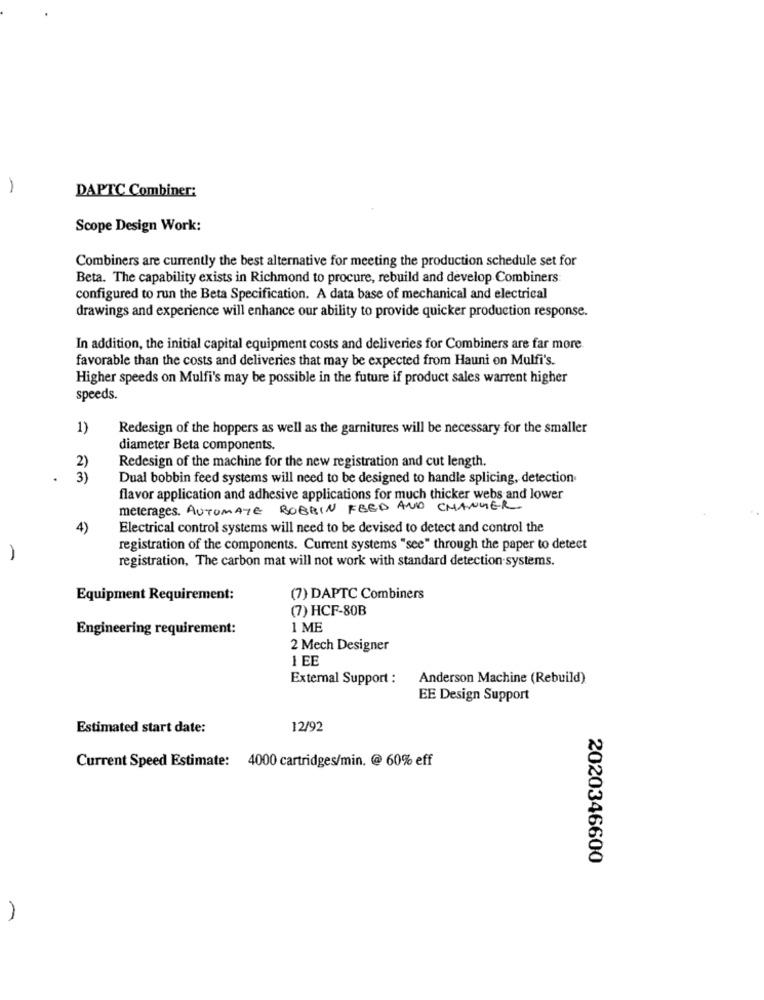
-
DAPTC Combiner:
Scope Design Work:
Combiners are currently the best alternative for meeting the production schedule set for
Beta. The capability exists in Richmond to procure, rebuild and develop Combiners:
configured to run the Beta Specification. A data base of mechanical and electrical
drawings and experience will enhance our ability to provide quicker production response.
In addition, the initial capital equipment costs and deliveries for Combiners are far more
favorable than the costs and deliveries that may be expected from Hauni on Mulfi's.
Higher speeds on Mulfi's may be possible in the future if product sales warrent higher
speeds.
1)
Redesign of the hoppers as well as the garnitures will be necessary for the smaller
diameter Beta components.
Redesign of the machine for the new registration and cut length.
2)
3)
Dual bobbin feed systems will need to be designed to handle splicing, detection
flavor application and adhesive applications for much thicker webs and lower
melerages. AUTOMATE BOBBIN FBED AND CHANGER
4)
Electrical control systems will need to be devised to detect and control the
registration of the components. Current systems "see" through the paper to detect
registration, The carbon mat will not work with standard detection systems.
Equipment Requirement:
(7) DAPTC Combiners
(7) HCF-80B
Engineering requirement:
1 ME
2 Mech Designer
1 EE
External Support :
Anderson Machine (Rebuild)
EE Design Support
Estimated start date:
12/92
Current Speed Estimate: 4000 cartridges/min. @ 60% eff
2020346600